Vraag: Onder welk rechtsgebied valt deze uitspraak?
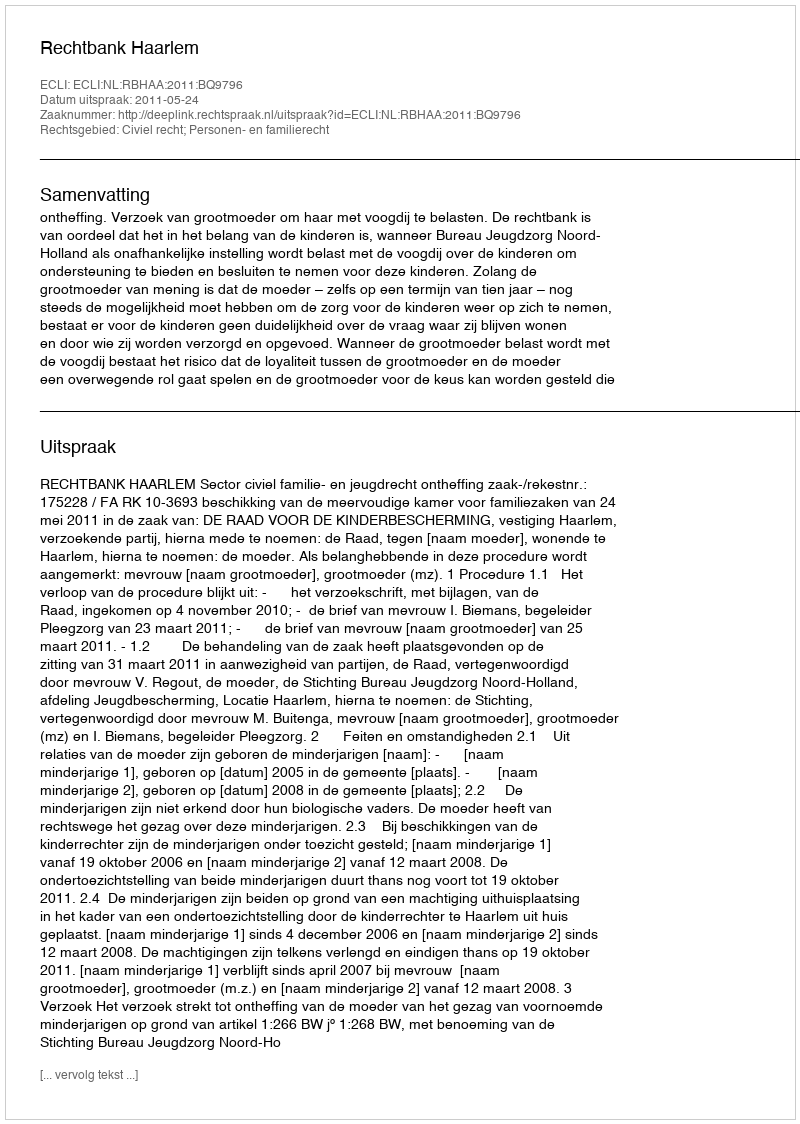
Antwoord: Civiel recht; Personen- en familierecht